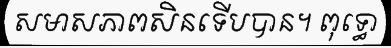
សមាសភាពសិនទើបបាន។ ពុទ្ធោ